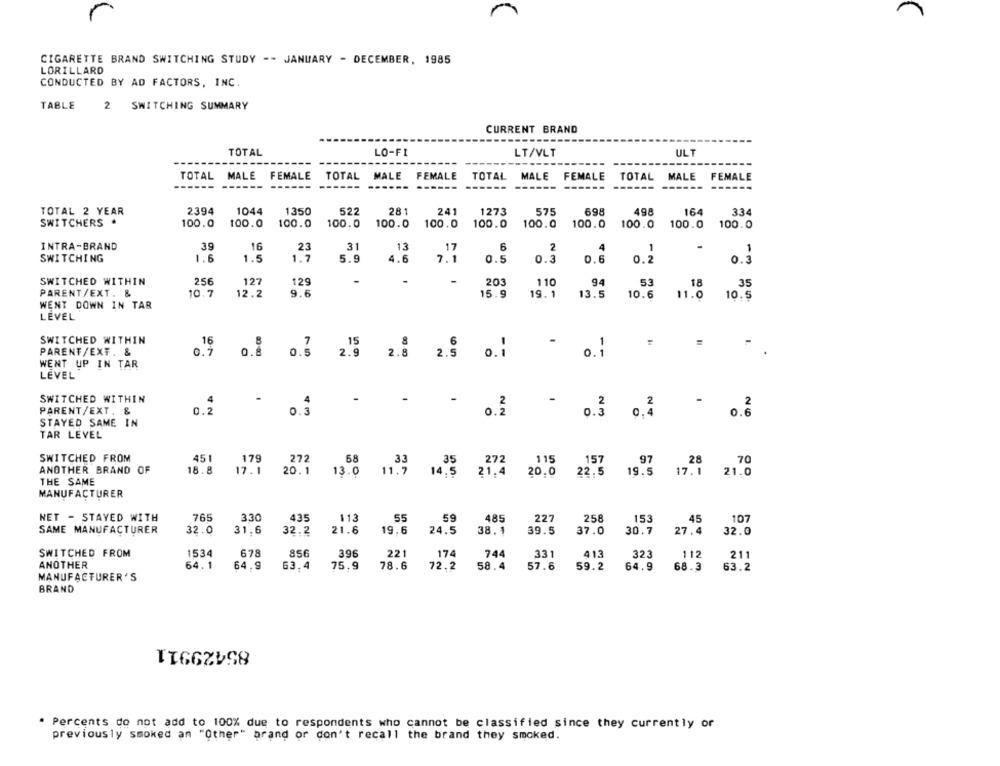
CIGARETTE BRAND SWITCHING STUDY -- JANUARY - DECEMBER, 1985
LORILLARD
CONDUCTED BY AD FACTORS, INC.
TABLE
SWITCHING SUMMARY
CURRENT BRAND
TOTAL
LO-FI
LT/VLT
ULT
TOTAL MALE FEMALE
TOTAL MALE FEMALE
TOTAL MALE FEMALE
TOTAL
MALE
FEMALE
----
--- ------
------
------
TOTAL 2 YEAR
2394
1044
1350
522
281
241
1273
575
698
498
164
334
SWITCHERS
100.0
100.0
100.0
100.0
100.0
100.0
100.0
100.0
100.0
100.0
100.0
100.0
INTRA-BRAND
39
16
31
13
6
2
4
23
17
1
1
SWITCHING
1.6
1.5
1.7
5.9
4.6
7.1
0.5
0.3
0.6
0.2
0.3
SWITCHED WITHIN
2,56
127
129
203
110
94
53
18
35
PARENT/EXT. &
10.7
12.2
9.6
15.9
19.1
13.5
10.6
11.0
10.5
WENT DOWN IN TAR
LEVEL
SWITCHED WITHIN
16
7
15
PARENT/EXT. &
0.7
0.8
0.5
2.9
2.5
0.1
o.1
WENT UP IN TAR
LEVEL
SWITCHED WITHIN
-
-
2
-
2
2
PARENT/EXT. &
. 2
0.3
0.2
0.3
0.4
0.6
STAYED SAME IN
TAR LEVEL
SWITCHED FROM
451
179
272
68
35
115
157
97
28
70
33
272
ANOTHER BRAND OF
18.8
17.1
20.1
13.0
11.7
14,5
21.4
20.0
22.5
19.5
17.1
21.0
THE SAME
MANUFACTURER
NET - STAYED WITH
765
3.30
435
113
55
59
485
227
258
153
45
107
SAME MANUFACTURER
32.0
31.6
32.2
21.6
19.6
24.5
38.1
39.5
37.0
30.7
27.4
32.0
SWITCHED FROM
1534
678
856
396
221
174
744
331
413
323
112
211
ANOTHER
64.1
64.9
63.4
75.9
78.6
72.2
58.4
57.6
59.2
64.9
68.3
63.2
MANUFACTURER'S
BRAND
85429911
. Percents do not add to 100% due to respondents who cannot be classified since they currently or
previously smoked an "Other" brand or don't recall the brand they smoked.